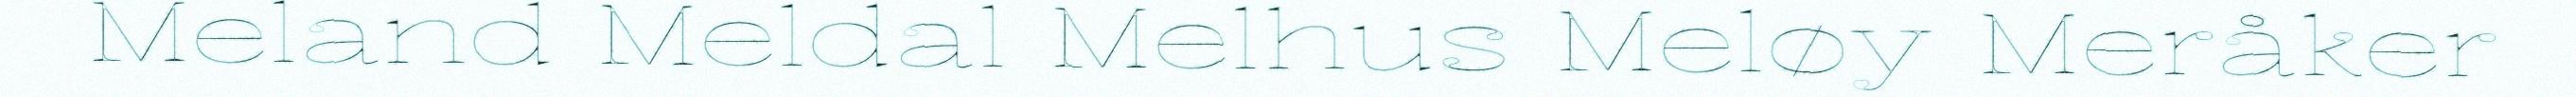
Meland Meldal Melhus Meløy Meråker